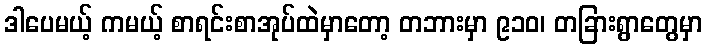
ဒါပေမယ့် ကမယ့် စာရင်းစာအုပ်ထဲမှာတော့ တဘားမှာ ၉၁၀၊ တခြားရွာတွေမှာ